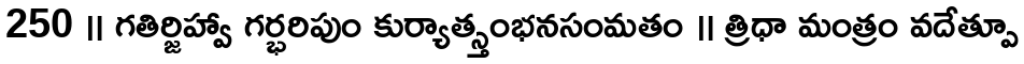
250 ॥ గతిర్జిహ్వా గర్భరిపుం కుర్యాత్స్తంభనసంమతం ॥ త్రిధా మంత్రం వదేత్పూ